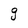
Character: g